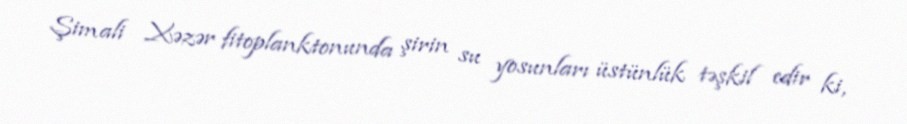
Şimali Xəzər fitoplanktonunda şirin su yosunları üstünlük təşkil edir ki,